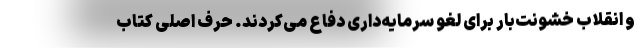
و انقلاب خشونت‌بار برای لغو سرمایه‌داری دفاع می‌کردند. حرف اصلی کتاب